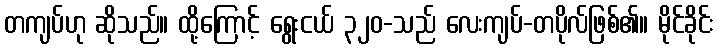
တကျပ်ဟု ဆိုသည်။ ထို့ကြောင့် ရွေးငယ် ၃၂၀-သည် လေးကျပ်-တပိုလ်ဖြစ်၏။ မိုင်ခိုင်း